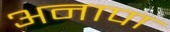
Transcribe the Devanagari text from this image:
अनापा